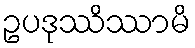
ဥပဒုဿိဿာမိ